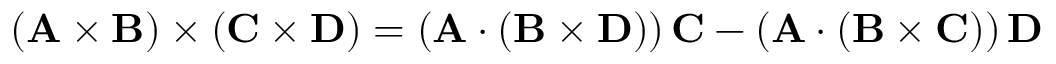
\! ( \mathbf { A } \times \mathbf { B } ) \times ( \mathbf { C } \times \mathbf { D } ) = \left( \mathbf { A } \cdot ( \mathbf { B } \times \mathbf { D } ) \right) \mathbf { C } - \left( \mathbf { A } \cdot \left( \mathbf { B } \times \mathbf { C } \right) \right) \mathbf { D }